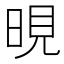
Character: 晛